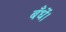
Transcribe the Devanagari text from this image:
बँधें।